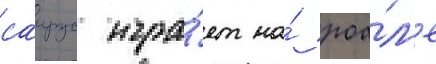
саирус игра́ет на́ роа́л'е